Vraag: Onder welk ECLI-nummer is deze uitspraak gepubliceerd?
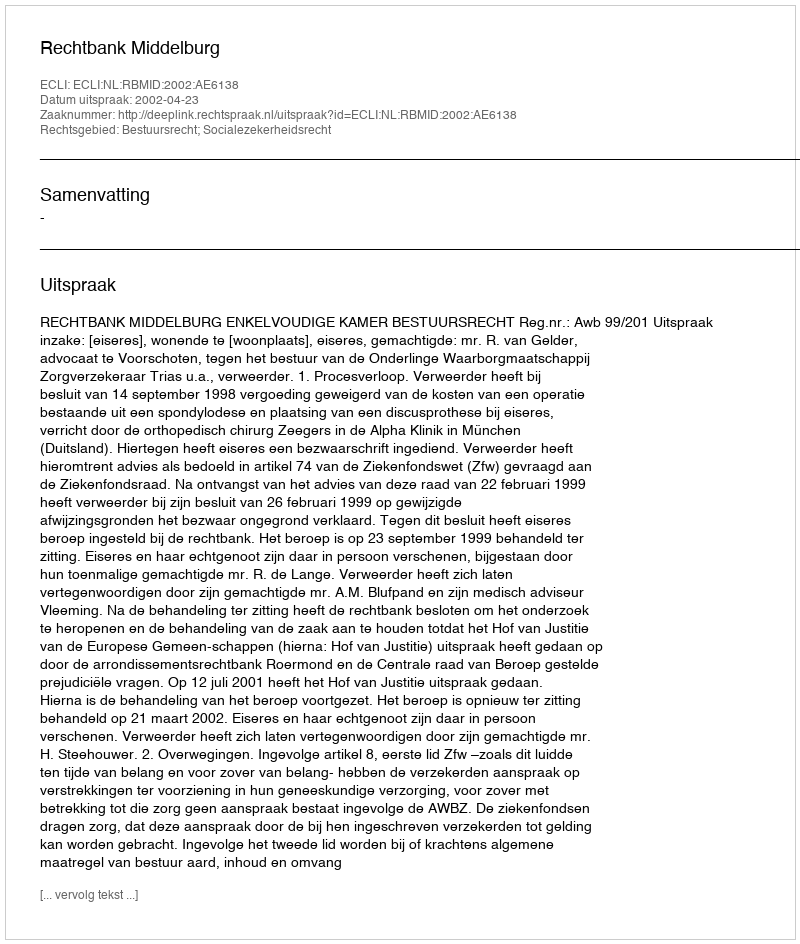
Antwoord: ECLI:NL:RBMID:2002:AE6138